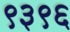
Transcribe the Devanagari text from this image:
९३९६